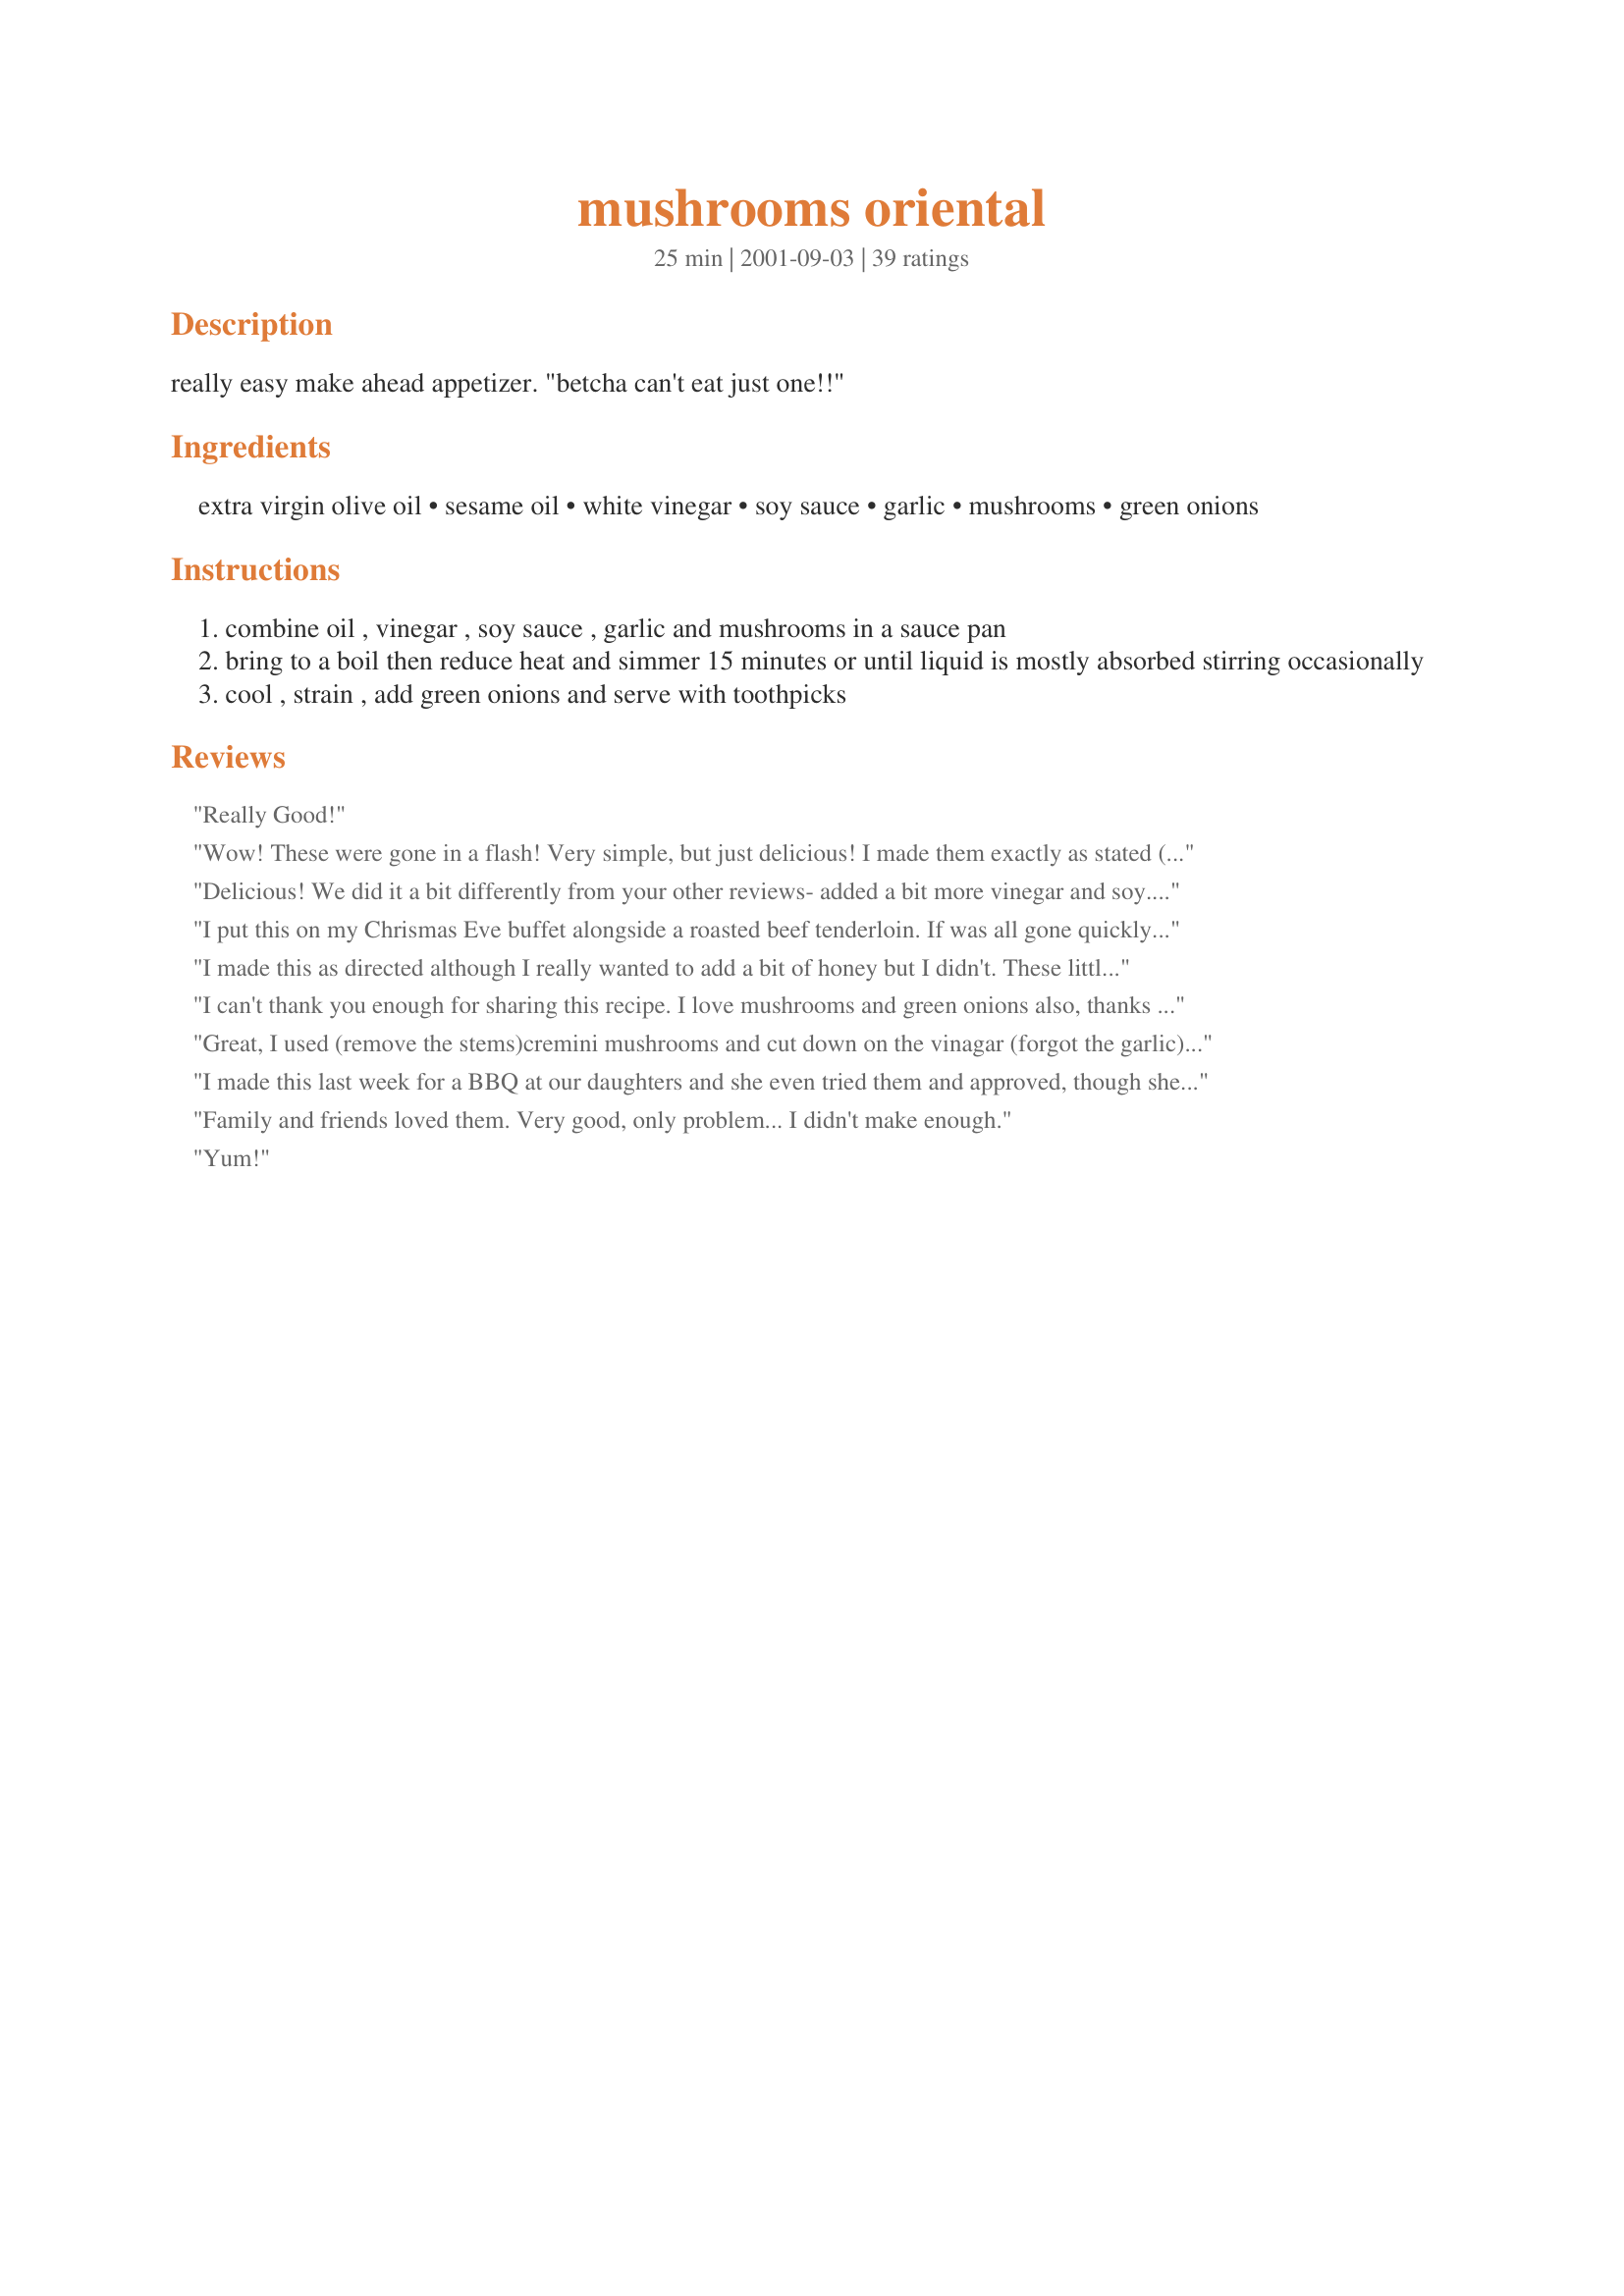
mushrooms oriental
Preparation time: 25 minutes

really easy make ahead appetizer. "betcha can't eat just one!!"

Ingredients:
extra virgin olive oil, sesame oil, white vinegar, soy sauce, garlic, mushrooms, green onions

Steps:
combine oil , vinegar , soy sauce , garlic and mushrooms in a sauce pan
bring to a boil then reduce heat and simmer 15 minutes or until liquid is mostly absorbed stirring occasionally
cool , strain , add green onions and serve with toothpicks

Reviews:
Really Good!
Wow! These were gone in a flash! Very simple, but just delicious! I made them exactly as stated (hardly ever do that!) and I wouldn't change a thing. These would be good as a side dish as well as an appetizer. Thank you, Tebo, for a great new way to prepare mushrooms!
Delicious! We did it a bit differently from your other reviews- added a bit more vinegar and soy.... delish! These are fantastic mushrooms that were sooooo yummy paired with Ginger-marinated tuna steaks and a nice green salad with my Asian Ginger dressing. OMG- so good. Thanks so much for this awesome recipe. We'll definitely make these again.
I put this on my Chrismas Eve buffet alongside a roasted beef tenderloin.
If was all gone quickly - I loved it. Not spicy - just wonderfully flavorful. Very easy to make too
I made this as directed although I really wanted to add a bit of honey but I didn't. These little morsels are delicious without the sweetness. I made them this past Sunday as an appetizer during the Football games and we munched on them throughout the day. Yummy!! Thanks for sharing!
I can't thank you enough for sharing this recipe.
I love mushrooms and green onions also, thanks so much for such a splendid delight!
Great, I used (remove the stems)cremini mushrooms and cut down on the vinagar (forgot the garlic) but it was still good.
I made this last week for a BBQ at our daughters and she even tried them and approved, though she doesn&#039;t care for mushrooms. Definitely a keeper for after golf parties
Family and friends loved them. Very good, only problem... I didn't make enough.
Yum!
I cannot believe I have not rated this yet, I make it ALL the time.

Thank you for this recipe!
These were not my favorite. Waaaaay too much olive oil. I should have listened to my instincts. Won't make again.
I made two servings of this, and then had to make two more, because they tasted that yummy. Only one thing that kept me from rating it 5 stars, which was the amount of white vinegar. For me.. it was just too much as it made me ill. However, the taste of it was great so I'll make these again and again.. and again... but just with just less vinegar. Thank you Tebo. :)
These were O.K. If I made them again I would use red wine vinegar instead of the white.
DELICIOUS!!!!! Of course, I love mushrooms and onions. I did cut the recipe in half for DH and I and used half the oil with a little sesame oil. Definately a keeper and one I will make again...especially near the holidays. Made for Zaar Chef Alphabet Soup tag game 2013.
So simple to make and so good to eat! I served these warm as a sid dish with Brunbch - wonderful - cut the recipe in half with no problem I tasted them at room temperature as well MMMM Thanks Tebo will do again Picture up soon
There is no way that you can just eat one of these. They smelt wonderful when cooking and taste even better after sitting overnight. The next time I'll add a little chopped ginger. Thanks for a great recipe.
This was very good and I enjoyed it. The flavor was a tad harsh, and perhaps a different vinegar would have lent more subtlety. I personally wouldn't change it, however. Mine were UG-LY though - I used some portabello mushrooms (that I was trying to use up) and had a bit of trouble removing the ribs, so the final recipe was black. I think the button mushrooms would be a better choice. ;) (I did get to eat the halved batch I made by myself, because after 7 years of marriage, DH has just today gotten around to telling me he doesn't like mushrooms! LOL)
Mmmmm, yummm!! So easy to prepare, great for a party or for snacking! Used white wine vinegar and added a tbsp of black sesame seeds. Glad I tried this!
Perfect appetizer! I served these at a recent dinner party and they were a hit. Made just as directed.
I sliced the mushrooms and used it as a side dish instead of an appetizer. Thanks!
great flavor. this recipe is a keeper thanks
We dearly love mushies. Wanted to make it an entree for hot weather. Increased the liquids, added diced Canadian bacon a few minutes before serving. Served it over brown rice. Nummies! Great work, Tebo.
Absolutely Delicious!I served them as a side dish with some grilled line fish.
Outstanding!!! These were just divine!! Thanks for recipe tebo!
These mushrooms are awesome!! I didn't think that they were too vinegar-y. Loved them :)
These were terrific! I started out an Asian themed dinner with this appetizer alongside RecipeNut's Appetizer Spare Ribs. My guests were in heaven. Thank you for a wonderful recipe!
As Martha would say, This is good! It was really a great tapa that my guests really enjoyed. No you can't eat just one. I did use rice vinegar instead of white and Yoshida's Gourmet Sauce (available in Sams, Costco and oriental sections of supermarkets)instead of the soy sauce, Gave a little sweeter taste, similar to teriaki. It was so good I moved the recipe to my "Tapas Cookbook" here on "Zaar" for all to enjoy if they were looking for great tapas. If there were 6 stars I would award it that!
Outstanding. Easy to put together. We are garlic lovers so that was a real plus. The sauce is so good and gives the shrooms a wonderful flavor. I used small button mushrooms. You are right, can't eat just one. Thanks for a terrific recipe.
Delicious. I served this as a salad with chicken last night and they were demolished by all. Can't wait to make them again, but I'll have to double the recipe next time.
I cheated with this... hence the lack of review. I sliced my mushrooms to make Mushroom Stroganoff (#52021) and then realized that I didn't have any onions! So I started searching for something I could do with my mushrooms without onions, that could go with Walnut Chicken (#43150) (I wasn't originally going to make this to go with the stroganoff, by the way, that would be gross) and something quick and easy. So, I had sliced mushrooms... and I added some julienned carrots and red bell peppers. Otherwise, I followed the recipe pretty much exactly. I bet this would be outstanding with the whole caps, though, and I will be sure to try it again in the future that way. Thanks for posting.
Too vinegary n oily
I made these little gems for our game day party and they were well recieved. I love the flavor on these and add in the green onions....delicous. Thank you for sharing, we will make again.
After looking at several reviews indicating there was too much oil (and it did seem like a lot); I reduced the oil by half and used one part extra virgin olive oil &amp; one part sesame oil. I used seasoned rice vinegar for the Asian flavor. This was excellent. I only had half the amount of mushrooms, so I only mad half a batch, but wish I had more. Will defiinetly make this again. The house smelled amazing while these were cooking. Finished with some ground black pepper. I served with Ahi Yellowfin Tuna steaks which I cooked rare in the sauce of this dish, steamed rice &amp; sesame snow peas.Thanks so much for sharing!
The mushrooms were ok. Too much of a vinegar taste for me.
Great taste. Tangy flavor with the garlic was excellent. I might try adding just a bit of sesame oil next time. That may make it a 5 star recipe for me..Thanks for sharing...
Easy and good mushrooms. I cut the amount of oil in hlaf so they wouldn't be so greasy. I think that I would use sesame oil or peanut oil for next time. Near the end of cooking, I added a 1/4 tsp or so of sugar to counter the vinegar a bit. These make great appys, but I'd love them as a side dish, too. Thanx!
No way could I eat just one. Thanks Tebo. This turned out so well. My guests and I really enjoyed the garlic-tangy flavor. I doubled the recipe and they just disappeared. A very easy, tasty appetizer that I highly recommend.
For 8 ounces of white button mushrooms, I used 1 Tbsp of sesame oil, 1 Tbsp of olive oil, 1 Tbsp of low sodium soy sauce, 1 Tbsp of Teriaki sauce, splash (maybe 2 Tbsp) of white vinager, and 1 Tbsp of chopped garlic. Use a saucepan, where the mushrooms can rest in a single layer. Easy and very good!
